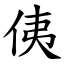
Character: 侇